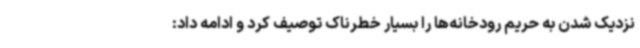
نزدیک شدن به حریم رودخانه‌ها را بسیار خطرناک توصیف کرد و ادامه داد: